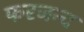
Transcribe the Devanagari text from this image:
फरजन्द